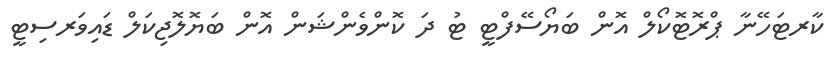
ކާރޓަހޭނާ ޕްރޮޓޮކޯލް އޮން ބަޔޯސޭފްޓީ ޓު ދަ ކޮންވެންޝަން އޮން ބަޔޮލޮޖިކަލް ޑައިވަރސިޓީ